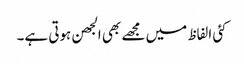
کئی الفاظ میں مجھے بھی الجھن ہوتی ہے۔